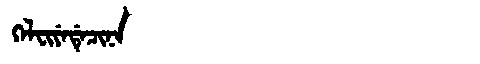
Manchu: ᡴᡝᠯᠸᡳᠶᡝᡩᡝᠴᡳᠨᠠ
Romanization: KELFIYEDECINA